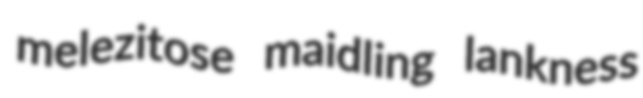
melezitose maidling lankness